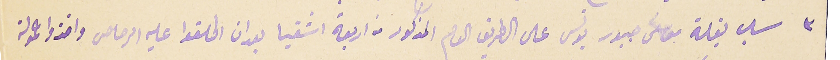
٣ سلب بغلة موسى جبور يونس على الطريق العام المذكور من اربعة اشقيا بعد ان اطلقوا عليه الرصاص واخذوا حمولة